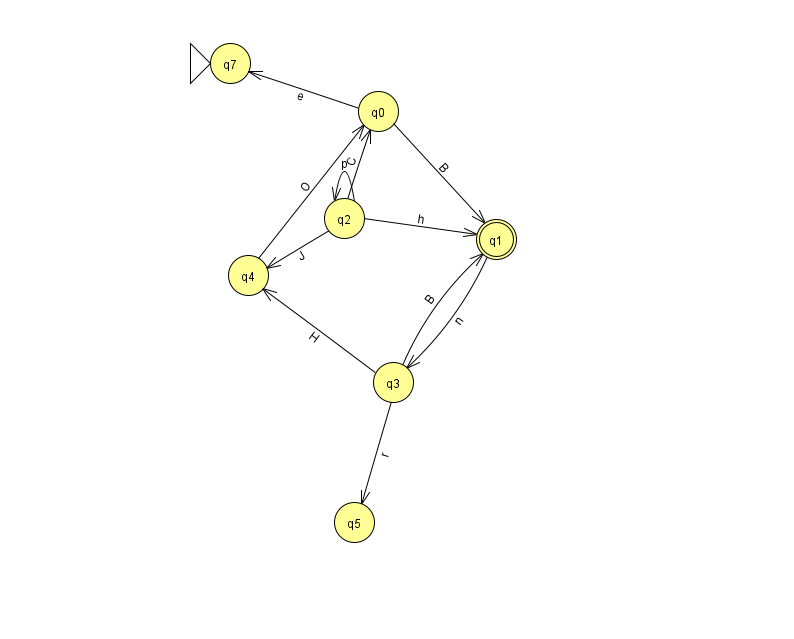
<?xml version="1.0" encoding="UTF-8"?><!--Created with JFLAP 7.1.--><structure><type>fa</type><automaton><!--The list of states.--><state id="0" name="q0"><x>378.0</x><y>98.0</y></state><state id="1" name="q1"><x>496.0</x><y>226.0</y><final/></state><state id="2" name="q2"><x>344.0</x><y>205.0</y></state><state id="3" name="q3"><x>393.0</x><y>369.0</y></state><state id="4" name="q4"><x>248.0</x><y>262.0</y></state><state id="5" name="q5"><x>354.0</x><y>509.0</y></state><state id="7" name="q7"><x>230.0</x><y>50.0</y><initial/></state><!--The list of transitions.--><transition><from>2</from><to>2</to><read>p</read></transition><transition><from>0</from><to>7</to><read>e</read></transition><transition><from>2</from><to>0</to><read>C</read></transition><transition><from>3</from><to>1</to><read>B</read></transition><transition><from>3</from><to>4</to><read>H</read></transition><transition><from>2</from><to>1</to><read>h</read></transition><transition><from>3</from><to>5</to><read>r</read></transition><transition><from>4</from><to>0</to><read>O</read></transition><transition><from>0</from><to>1</to><read>B</read></transition><transition><from>2</from><to>4</to><read>J</read></transition><transition><from>1</from><to>3</to><read>n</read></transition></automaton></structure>